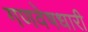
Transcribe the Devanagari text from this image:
गणवेषधारी